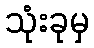
သုံးခုမှ